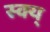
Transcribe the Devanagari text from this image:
स्क्य्